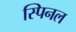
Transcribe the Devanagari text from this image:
स्पिनल